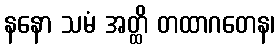
နနော သမံ အတ္ထိ တထာဂတေန၊